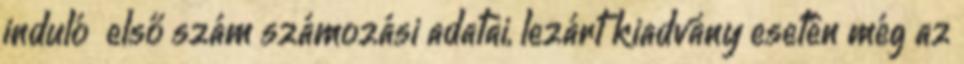
induló első szám számozási adatai, lezárt kiadvány esetén még az